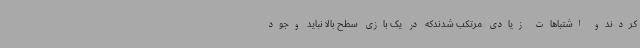
کردندو اشتباهات زیادی مرتکب شدندکه در یک بازی سطح بالا نباید وجود